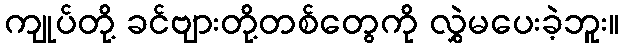
ကျုပ်တို့ ခင်ဗျားတို့တစ်တွေကို လွှဲမပေးခဲ့ဘူး။